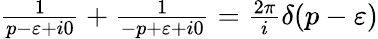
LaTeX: \begin{array}{r}{\frac{1}{p-\varepsilon+i0}+\frac{1}{-p+\varepsilon+i0}=\frac{2\pi}{i}\delta(p-\varepsilon)}\end{array}